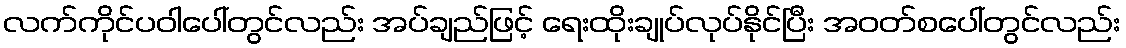
လက်ကိုင်ပဝါပေါ်တွင်လည်း အပ်ချည်ဖြင့် ရေးထိုးချုပ်လုပ်နိုင်ပြီး အဝတ်စပေါ်တွင်လည်း